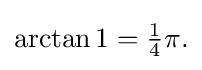
{\textstyle \arctan 1={\tfrac {1}{4}}\pi .}